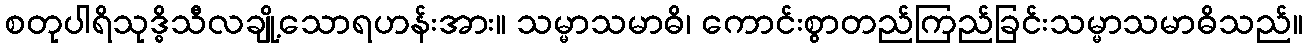
စတုပါရိသုဒ္ဓိသီလချို့သောရဟန်းအား။ သမ္မာသမာဓိ၊ ကောင်းစွာတည်ကြည်ခြင်းသမ္မာသမာဓိသည်။